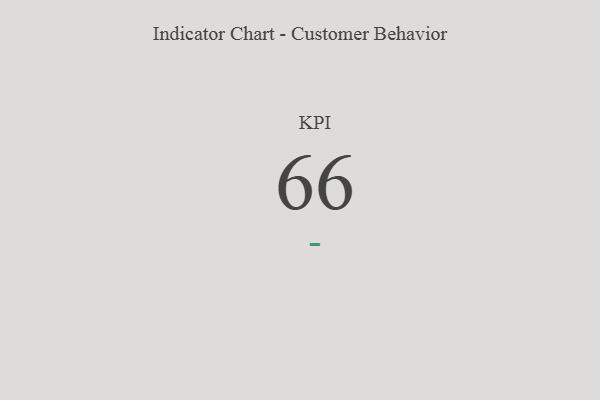
{"axis": {"x": "KPI", "y": "Value"}, "legend": [""], "data": [{"x": "KPI", "y": 66, "type": ""}]}